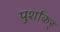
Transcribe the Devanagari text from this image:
पुर्शाकर्